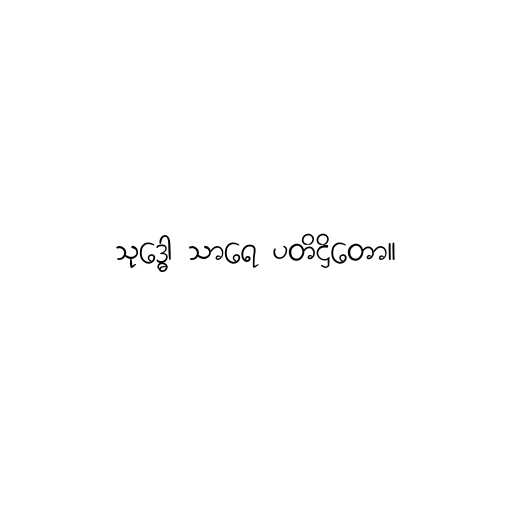
သုဒ္ဓေါ သာရေ ပတိဋ္ဌိတော။